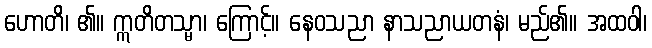
ဟောတိ၊ ၏။ ဣတိတသ္မာ၊ ကြောင့်။ နေဝသညာ နာသညာယတနံ၊ မည်၏။ အထဝါ၊